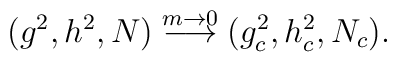
(g^2, h^2, N)\stackrel{m\rightarrow 0}{\longrightarrow}(g_c^2, h_c^2, N_c).